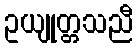
ဥယျုတ္တသညီ